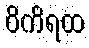
ဝိကိရထ